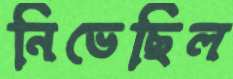
নিভেছিল